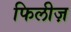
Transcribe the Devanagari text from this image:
फिलीज़